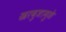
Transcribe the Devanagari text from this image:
खरबुजामुळे